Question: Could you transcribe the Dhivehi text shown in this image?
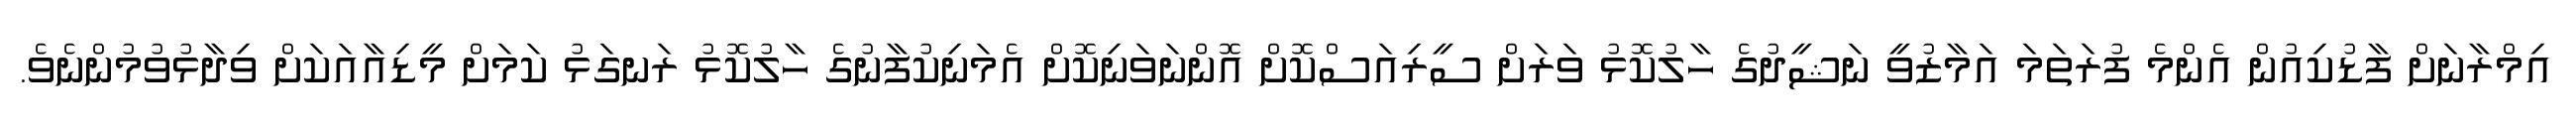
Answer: އިމްރާނަށް ފާޑުކިއުން އެންމެ ފުރަތަމަ އަމާޒުވީ ނަޝީދުގެ ހާލުކޮޅު ވަރަށް ސީރިއަސްކޮށް އޮންނަވަނިކޮށް އެމަނިކުފާނުގެ ހާލުކޮޅު ރަނގަޅު ކަމަށް މީޑިއާއަކަށް ވިދާޅުވުމުންނެވެ.